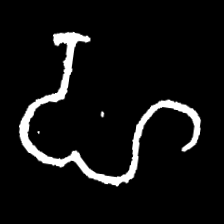
Pyu character \u2014 Myanmar letter: ဟ (romanized: ha)